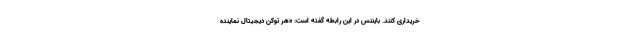
خریداری کنند. بایننس در این رابطه گفته است: «هر توکن دیجیتال نماینده